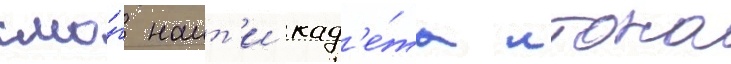
смо́г наит'и кад'е́та итона